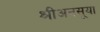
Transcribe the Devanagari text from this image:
श्रीअनसूया